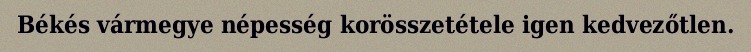
Békés vármegye népesség korösszetétele igen kedvezőtlen.